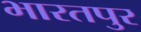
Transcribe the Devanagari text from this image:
भारतपुर